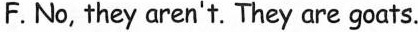
F. No, they aren't. They are goats.